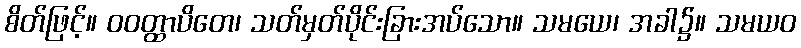
စိတ်ဖြင့်။ ဝဝတ္ထာပိတေ၊ သတ်မှတ်ပိုင်းခြားအပ်သော။ သမယေ၊ အခါ၌။ သမယဝ